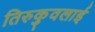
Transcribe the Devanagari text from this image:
तिरुकुवलाई